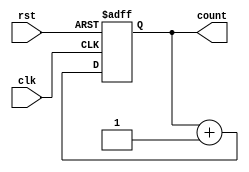
module async_counter #(
    parameter BIT_WIDTH = 4  // Define the bit width of the counter (e.g., 4 for a 4-bit counter)
) (
    input wire clk,           // Clock input
    input wire rst,           // Asynchronous reset input
    output reg [BIT_WIDTH-1:0] count // Counter output
);

    // Always block triggered on the rising edge of the clock or the asynchronous reset
    always @ (posedge clk or posedge rst) begin
        if (rst) begin
            // Asynchronous reset: set count to zero
            count <= 0;
        end else begin
            // Increment the counter on the rising edge of the clock
            count <= count + 1;
        end
    end

endmodule